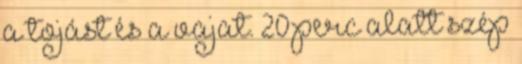
a tojást és a vajat. 20 perc alatt szép